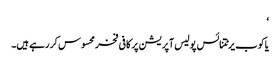
‘
یاکوب یرٹتنائس پولیس آپریشن پر کافی فخر محسوس کر رہے ہیں۔